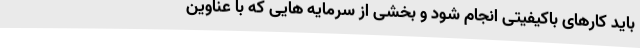
باید کارهای باکیفیتی انجام شود و بخشی از سرمایه هایی که با عناوین